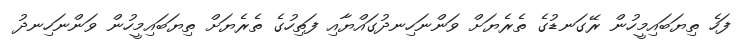
ފަހެ ތިޔަބައިމީހުން ރޭގަނޑުގެ ތެރެޔަށް ވަންނަހިނދުގައްޔާއި ފަތިހުގެ ތެރެޔަށް ތިޔަބައިމީހުން ވަންނަހިނދު